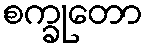
စက္ခုတော